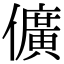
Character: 儣